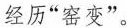
经历“窑变”。